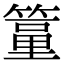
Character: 𥲔